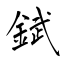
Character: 錻